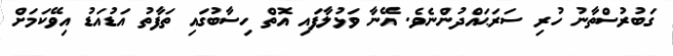
ގަބުރުސްތާނު ހުރި ސަރަޙައްދުންނެވެ. އޭނާ ވަޅުލާފައި އޮތް ހިސާބުގައި ތަފާތު އަޑުއަޑު އިވޭކަަމަށް